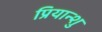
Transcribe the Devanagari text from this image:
प्रियान्शु